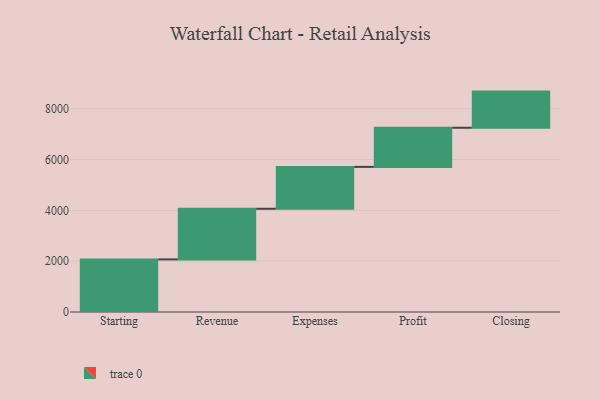
{"axis": {"x": "Step", "y": "Value"}, "legend": [""], "data": [{"x": "Starting", "y": 2070.0, "type": ""}, {"x": "Revenue", "y": 1993.0, "type": ""}, {"x": "Expenses", "y": 1648.0, "type": ""}, {"x": "Profit", "y": 1540.0, "type": ""}, {"x": "Closing", "y": 1423.0, "type": ""}]}